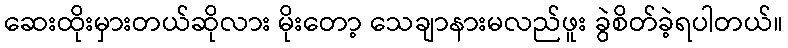
ဆေးထိုးမှားတယ်ဆိုလား မိုးတော့ သေချာနားမလည်ဖူး ခွဲစိတ်ခဲ့ရပါတယ်။